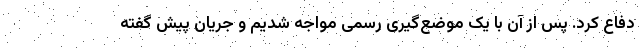
دفاع کرد. پس از آن با یک موضع‌گیری رسمی مواجه شدیم و جریان پیش ‌گفته